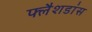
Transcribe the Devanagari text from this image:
फ्लैशडांस